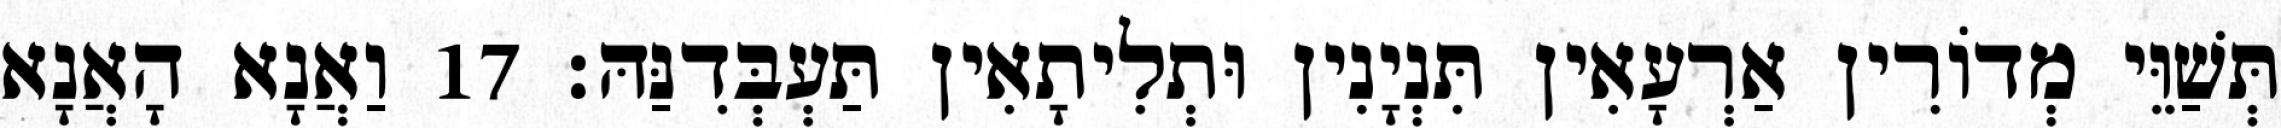
תְּשַׁוֵּי מְדוֹרִין אַרְעָאִין תִּנְיָנִין וּתְלִיתָאִין תַּעְבְּדִנַּהּ׃ 17 וַאֲנָא הָאֲנָא